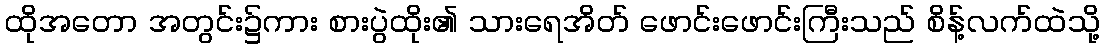
ထိုအတော အတွင်း၌ကား စားပွဲထိုး၏ သားရေအိတ် ဖောင်းဖောင်းကြီးသည် စိန့်လက်ထဲသို့